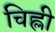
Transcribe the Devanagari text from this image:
चिह्ली